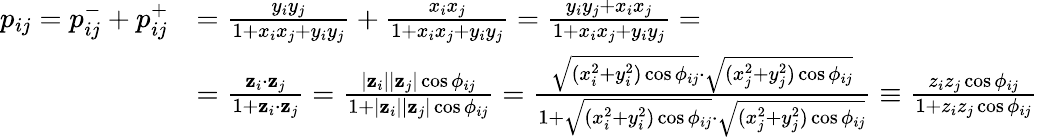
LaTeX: \begin{array}{rl}{p_{ij}=p_{ij}^{-}+p_{ij}^{+}}&{=\frac{y_{i}y_{j}}{1+x_{i}x_{j}+y_{i}y_{j}}+\frac{x_{i}x_{j}}{1+x_{i}x_{j}+y_{i}y_{j}}=\frac{y_{i}y_{j}+x_{i}x_{j}}{1+x_{i}x_{j}+y_{i}y_{j}}=}\\ &{=\frac{\mathbf{z}_{i}\cdot\mathbf{z}_{j}}{1+\mathbf{z}_{i}\cdot\mathbf{z}_{j}}=\frac{|\mathbf{z}_{i}||\mathbf{z}_{j}|\cos\phi_{ij}}{1+|\mathbf{z}_{i}||\mathbf{z}_{j}|\cos\phi_{ij}}=\frac{\sqrt{(x_{i}^{2}+y_{i}^{2})\cos\phi_{ij}}\cdot\sqrt{(x_{j}^{2}+y_{j}^{2})\cos\phi_{ij}}}{1+\sqrt{(x_{i}^{2}+y_{i}^{2})\cos\phi_{ij}}\cdot\sqrt{(x_{j}^{2}+y_{j}^{2})\cos\phi_{ij}}}\equiv\frac{z_{i}z_{j}\cos\phi_{ij}}{1+z_{i}z_{j}\cos\phi_{ij}}}\end{array}